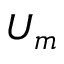
U _ { m }